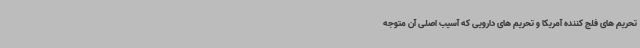
تحریم های فلج کننده آمریکا و تحریم های دارویی که آسیب اصلی آن متوجه